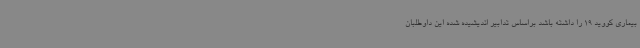
بیماری کووید 19 را داشته باشد براساس تدابیر اندیشیده شده این داوطلبان